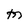
Character: M